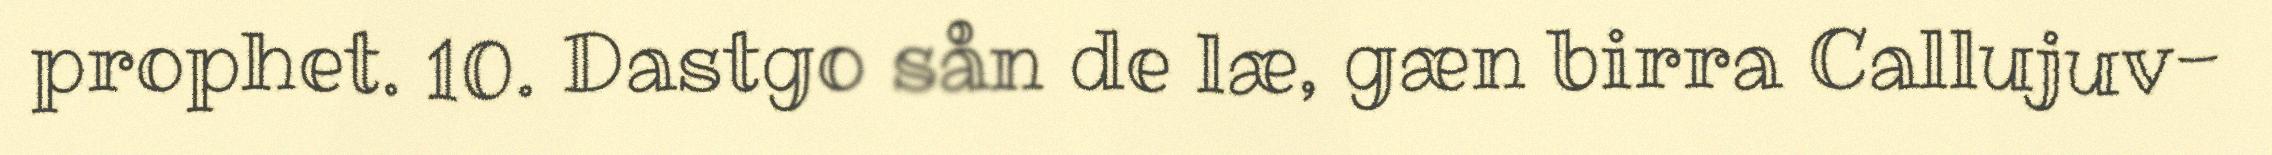
prophet. 10. Dastgo sån de læ, gæn birra Callujuv-